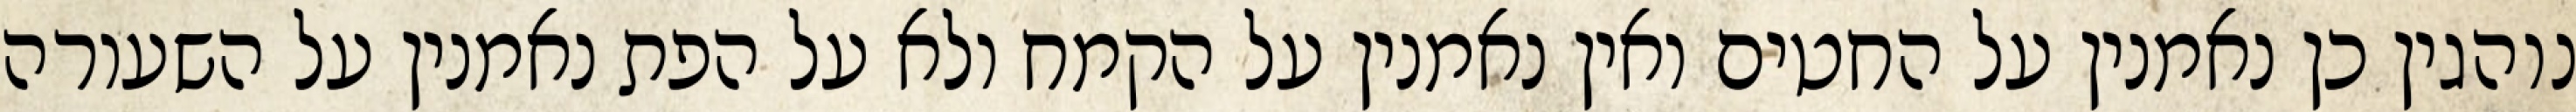
נוהגין כן נאמנין על החטים ואין נאמנין על הקמח ולא על הפת נאמנין על השעורה